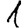
Digit: 1